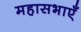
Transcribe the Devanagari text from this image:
महासभाएँ